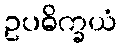
ဥပဓိက္ခယံ